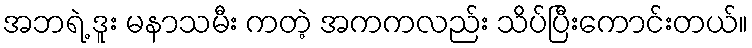
အဘရဲ့ ဒူး မနာသမီး ကတဲ့ အကကလည်း သိပ်ပြီးကောင်းတယ်။